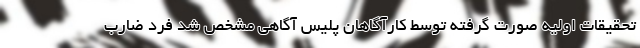
تحقیقات اولیه صورت گرفته توسط کارآگاهان پلیس آگاهی مشخص شد فرد ضارب